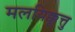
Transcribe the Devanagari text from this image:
मलयिक्कूत्तु